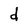
Character: d